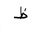
Letter: _za